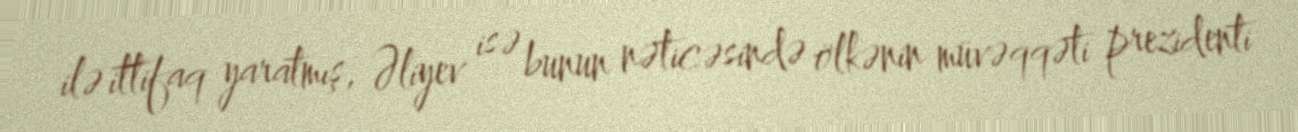
ilə ittifaq yaratmış, Əliyev isə bunun nəticəsində ölkənin müvəqqəti prezidenti